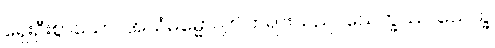
ရှေးဦးစွာသော။ အယံဓမ္မော၊ ဤတရားသည်။ သေက္ခဿ၊ သေက္ခ